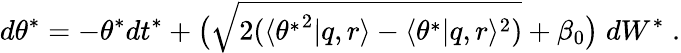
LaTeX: d\theta^{*}=-\theta^{*}dt^{*}+\big(\sqrt{2(\langle{\theta^{*}}^{2}|q,r\rangle-\langle\theta^{*}|q,r\rangle^{2})}+\beta_{0}\big)\; dW^{*}\; .